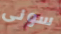
سونى